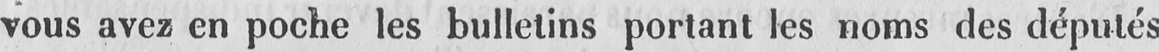
vous avez en poche les bulletins portant les noms des députés